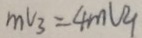
m V _ { 3 } = 4 m V q